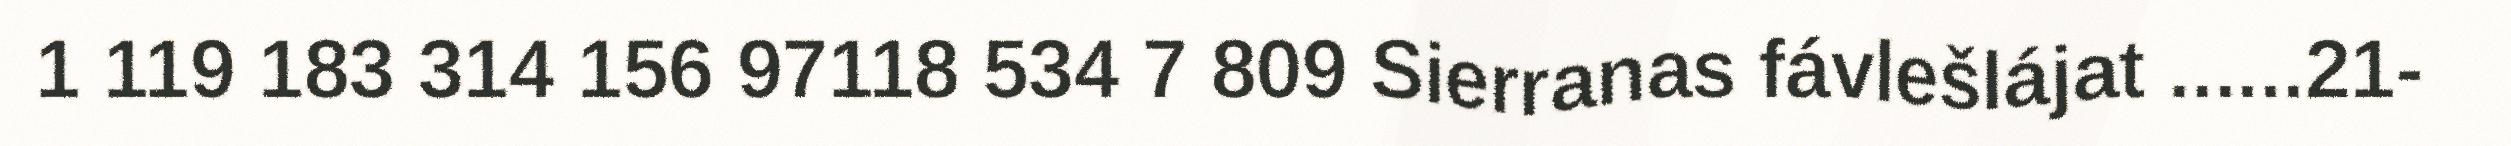
1 119 183 314 156 97118 534 7 809 Sierranas fávlešlájat ......21-